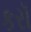
કરૉ